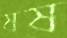
ষষ